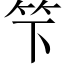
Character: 𥫫